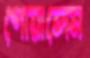
পোয়ালেম